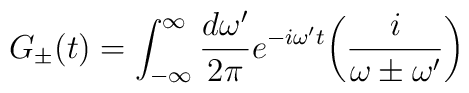
G_\pm(t)=\int_{-\infty}^\infty {d\omega'\over2\pi}e^{-i\omega' t}\biggl({i\over \omega\pm\omega'}\biggr)